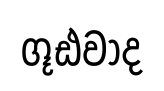
ගූඪවාද